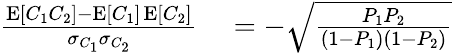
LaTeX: \begin{array}{rl}{\frac{\operatorname{E}[C_{1}C_{2}]-\operatorname{E}[C_{1}]\operatorname{E}[C_{2}]}{\sigma_{C_{1}}\sigma_{C_{2}}}}&{{}=-\sqrt{\frac{P_{1}P_{2}}{(1-P_{1})(1-P_{2})}}}\end{array}